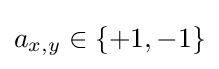
a_{x,y}\in \{+1,-1\}